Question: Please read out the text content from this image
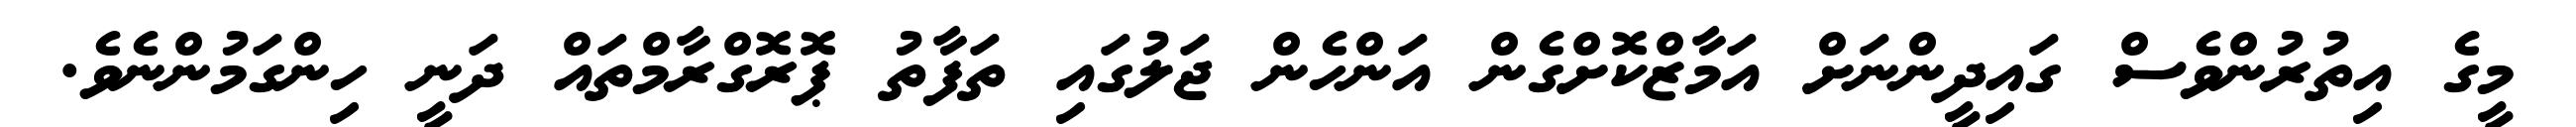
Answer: މީގެ އިތުރުންވެސް ގައިދީންނަށް އަމާޒްކޮށްގެން އަންހެން ޖަލުގައި ތަފާތު ޕޮރޮގްރާމްތައް ދަނީ ހިންގަމުންނެވެ.